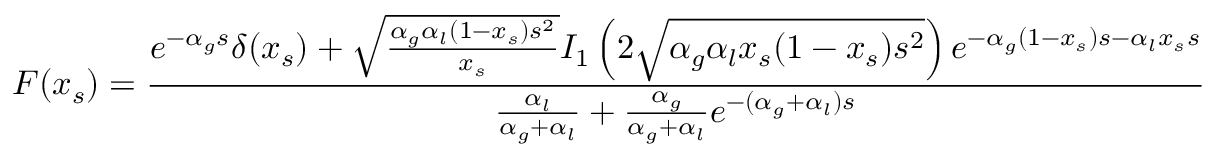
{ \cal F } ( x _ { s } ) = \frac { e ^ { - \alpha _ { g } s } \delta ( x _ { s } ) + \sqrt { \frac { \alpha _ { g } \alpha _ { l } ( 1 - x _ { s } ) s ^ { 2 } } { x _ { s } } } I _ { 1 } \left( 2 \sqrt { \alpha _ { g } \alpha _ { l } x _ { s } ( 1 - x _ { s } ) s ^ { 2 } } \right) e ^ { - \alpha _ { g } ( 1 - x _ { s } ) s - \alpha _ { l } x _ { s } s } } { \frac { \alpha _ { l } } { \alpha _ { g } + \alpha _ { l } } + \frac { \alpha _ { g } } { \alpha _ { g } + \alpha _ { l } } e ^ { - ( \alpha _ { g } + \alpha _ { l } ) s } } ,